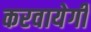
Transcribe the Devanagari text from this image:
करवायेगी